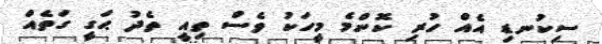
ސިކުނޑި އެއް ހުރި ކޮންމެ މީހަކު ވެސް ތިއީ ތެދު ޙަގީ ގަތެއް